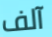
آلف